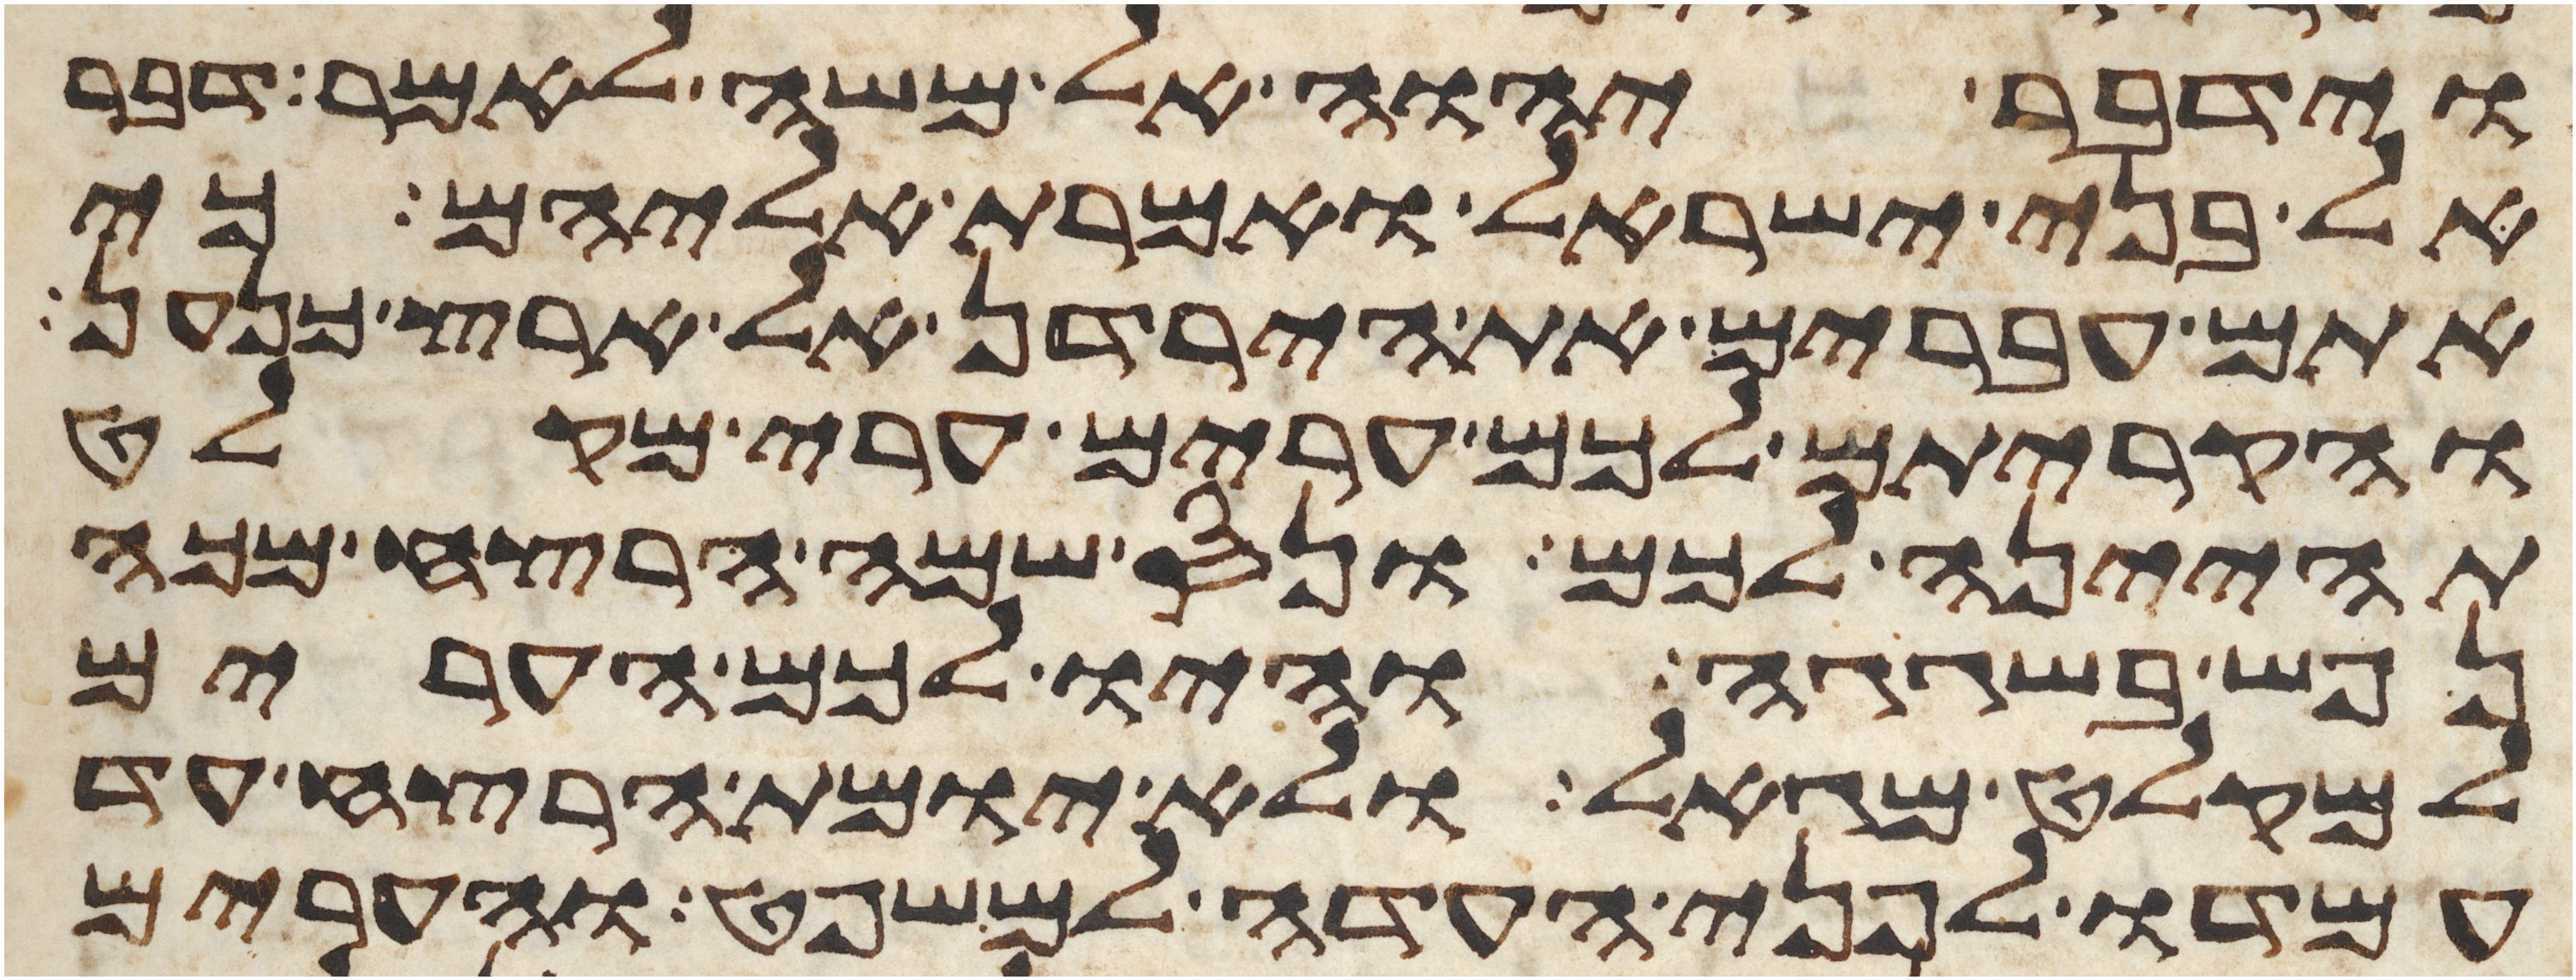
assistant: וידבר יהוה אל משה לאמר דבר
אל בני ישראל ואמרת אליהם כי
אתם עברים את הירדן אל ארץ כנען
והקריתם לכם ערים ערי מקלט
תהיינה לכם ונס שמה הרצח מכה
נפש בשגגה והיו לכם הערים
למקלט מגאל ולא יומת הרצח עד
עמדו לפני העדה למשפט והערים